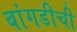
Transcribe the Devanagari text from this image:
बांगडीची